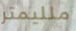
ملليمتر